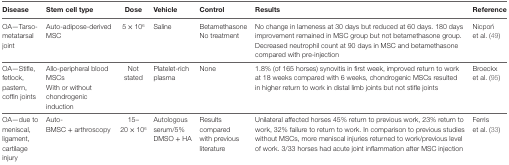
| Disease | Stem cell type | Dose | Vehicle | Control | Results | Reference |
 | --- | --- | --- | --- | --- | --- | --- |
 | OA—Tarso-metatarsal joint | Auto-adipose-derived MSC | 5 × 106 | Saline | BetamethasoneNo treatment | No change in lameness at 30 days but reduced at 60 days. 180 days improvement remained in MSC group but not betamethasone group. Decreased neutrophil count at 90 days in MSC and betamethasone compared with pre-injection | Nicpoń et al. (49) |
 | OA—Stifle, fetlock, pastern, coffin joints | Allo-peripheral blood MSCsWith or without chondrogenic induction | Not stated | Platelet-rich plasma | None | 1.8% (of 165 horses) synovitis in first week, improved return to work at 18 weeks compared with 6 weeks, chondrogenic MSCs resulted in higher return to work in distal limb joints but not stifle joints | Broeckx et al. (95) |
 | OA—due to meniscal, ligament, cartilage injury | Auto-BMSC + arthroscopy | 15–20 × 106 | Autologous serum/5% DMSO + HA | Results compared with previous literature | Unilateral affected horses 45% return to previous work, 23% return to work, 32% failure to return to work. In comparison to previous studies without MSCs, more meniscal injuries returned to work/previous level of work. 3/33 horses had acute joint inflammation after MSC injection | Ferris et al. (33) |